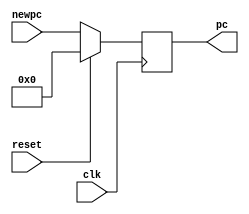
`timescale 1ns / 1ps
//////////////////////////////////////////////////////////////////////////////////
// Company: 
// Engineer: 
// 
// Design Name: 
// Module Name: PC
// Project Name: 
// Target Devices: 
// Tool Versions: 
// Description: 
// 
// Dependencies: 
// 
// Revision:
// Revision 0.01 - File Created
// Additional Comments:
// 
//////////////////////////////////////////////////////////////////////////////////


module PC #(parameter WIDTH=8)
    (
    input clk,reset,
    input [WIDTH-1:0] newpc,
    output reg [WIDTH-1:0] pc
    );
    
    always@(posedge clk)
    if(reset) 
        pc<=0;
    else 
        pc<=newpc;
    
endmodule